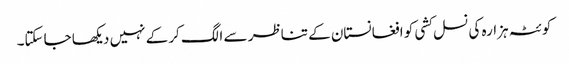
کوئٹہ ہزارہ کی نسل کشی کو افغانستان کے تناظر سے الگ کرکے نہیں دیکھا جاسکتا۔